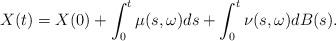
LaTeX: \begin{align*}X(t) = X(0) + \int^t_0 \mu (s,\omega) ds + \int^t_0 \nu (s,\omega) dB(s). \end{align*}